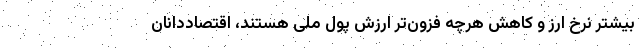
بیشتر نرخ ارز و کاهشِ هرچه فزون‌ترِ ارزش پول ملی هستند، اقتصاددانان